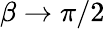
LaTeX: \beta\to\pi/2